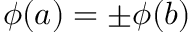
\phi ( a ) = \pm \phi ( b )